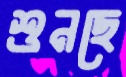
শুনছে